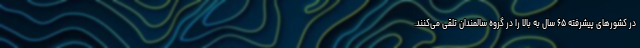
در کشورهای پیشرفته ۶۵ سال به بالا را در گروه سالمندان تلقی می‌کنند.